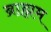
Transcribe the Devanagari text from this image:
ब्राह्मम